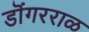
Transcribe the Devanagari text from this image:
डॊंगरराळ